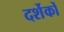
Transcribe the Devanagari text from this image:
दर्शेकों